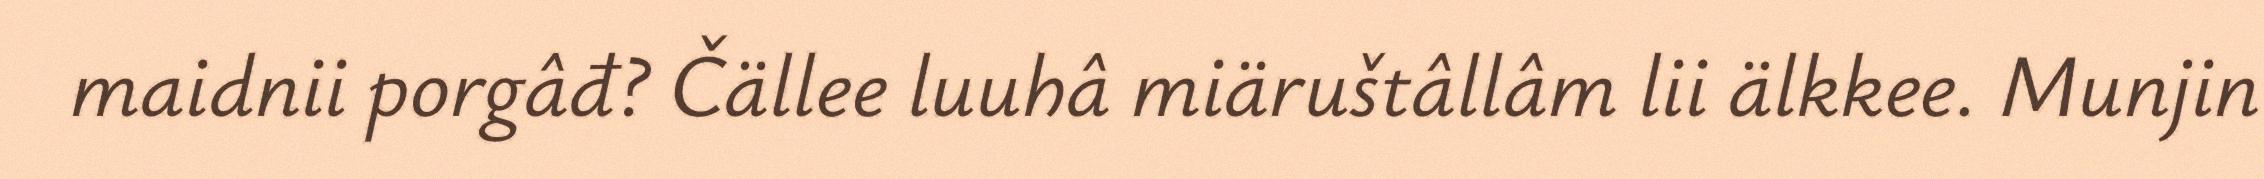
maidnii porgâđ? Čällee luuhâ miäruštâllâm lii älkkee. Munjin